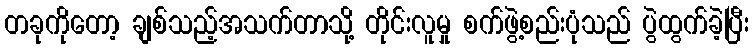
တခုကိုတော့ ချစ်သည့်အသက်တာသို့ တိုင်းလူမှု စက်ဖွဲ့စည်းပုံသည် ပွဲထွက်ခဲ့ပြီး